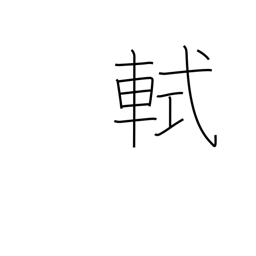
Meaning: front railing on a carriage